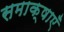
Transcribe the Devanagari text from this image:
समाक्षाएँ